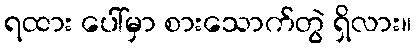
ရထား ပေါ်မှာ စားသောက်တွဲ ရှိလား။